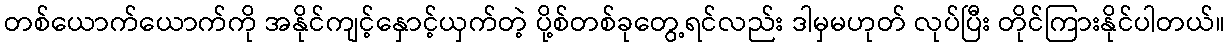
တစ်ယောက်ယောက်ကို အနိုင်ကျင့်နှောင့်ယှက်တဲ့ ပို့စ်တစ်ခုတွေ့ရင်လည်း ဒါမှမဟုတ် လုပ်ပြီး တိုင်ကြားနိုင်ပါတယ်။